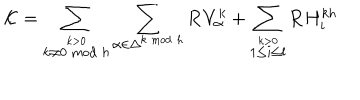
LaTeX: { \cal K } = \sum _ { \stackrel { k > 0 } { k \neq 0 \bmod h } } \sum _ { \alpha \in \Delta ^ { k \bmod h } } { \bf R } V _ { \alpha } ^ { k } + \sum _ { \stackrel { k > 0 } { 1 \leq i \leq l } } { \bf R } H _ { i } ^ { k h }